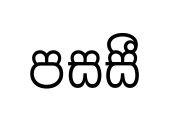
පසසී